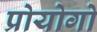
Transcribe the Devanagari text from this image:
प्रोयोगो